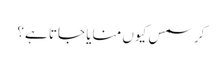
کرسمس کیوں منایا جاتا ہے؟